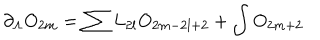
LaTeX: \partial _ { \Lambda } O _ { 2 m } = \sum L _ { 2 l } O _ { 2 m - 2 l + 2 } + \int O _ { 2 m + 2 }